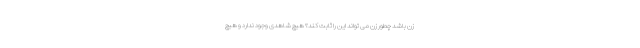
زن باشد چطور زن می تواند این را ثابت کند؟ هیچ شاهدی وجود ندارد و هیچ